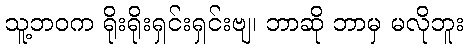
သူ့ဘဝက ရိုးရိုးရှင်းရှင်းဗျ၊ ဘာဆို ဘာမှ မလိုဘူး